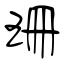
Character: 珊